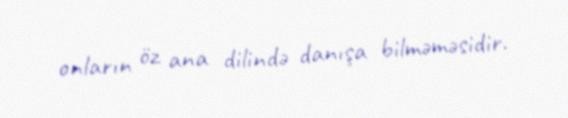
onların öz ana dilində danışa bilməməsidir.